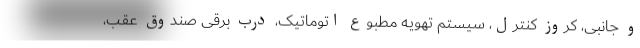
و جانبی، کروز کنترل، سیستم تهویه مطبوع اتوماتیک، درب برقی صندوق عقب،